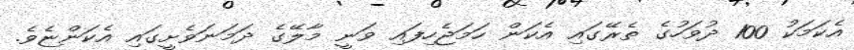
އެކަމަކު 100 ދުވަހުގެ ތެރޭގައި އެކަން ހަމަޖެހިފައި ވަނީ މާލޭގެ ދަމަނަވެށީގައި އެކަންޏެވެ.